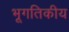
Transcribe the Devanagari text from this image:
भूगतिकीय